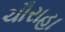
ચૌરાહા